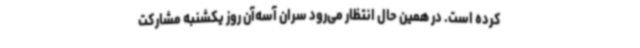
کرده است. در همین حال انتظار می‌رود سران آسه‌آن روز یکشنبه مشارکت